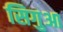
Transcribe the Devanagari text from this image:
सिगुआ